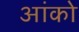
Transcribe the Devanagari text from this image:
आंको